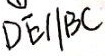
D E / / B C